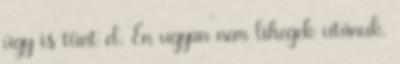
úgy is tűnt el. Én ugyan nem lihegek utánuk.